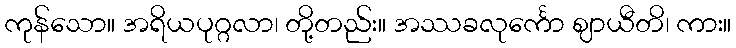
ကုန်သော။ အရိယပုဂ္ဂလာ၊ တို့တည်း။ အဿခလုင်္ကော ဈာယီတိ၊ ကား။